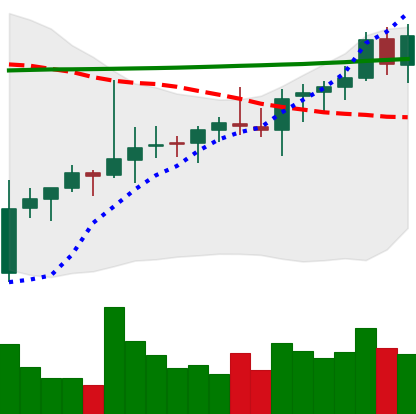
Ticker: ADA-USD
Chart end date: 2021-08-09
Forward return: 48.324%
Label: up_7plus